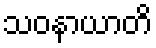
သဝနာယာတိ